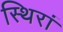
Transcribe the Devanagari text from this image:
स्थिरां